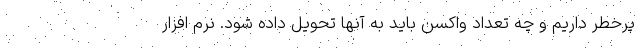
پرخطر داریم و چه تعداد واکسن باید به آنها تحویل داده شود. نرم افزار